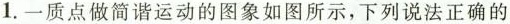
1.一质点做简谐运动的图象如图所示，下列说法正确的